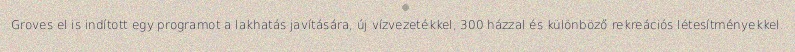
Groves el is indított egy programot a lakhatás javítására, új vízvezetékkel, 300 házzal és különböző rekreációs létesítményekkel.